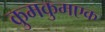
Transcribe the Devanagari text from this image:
कुमकुमएक